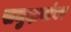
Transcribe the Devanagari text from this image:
समुदायांवर